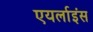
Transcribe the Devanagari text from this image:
एयर्लाइंस